Scottish Leaving Certificate Examination, 1957
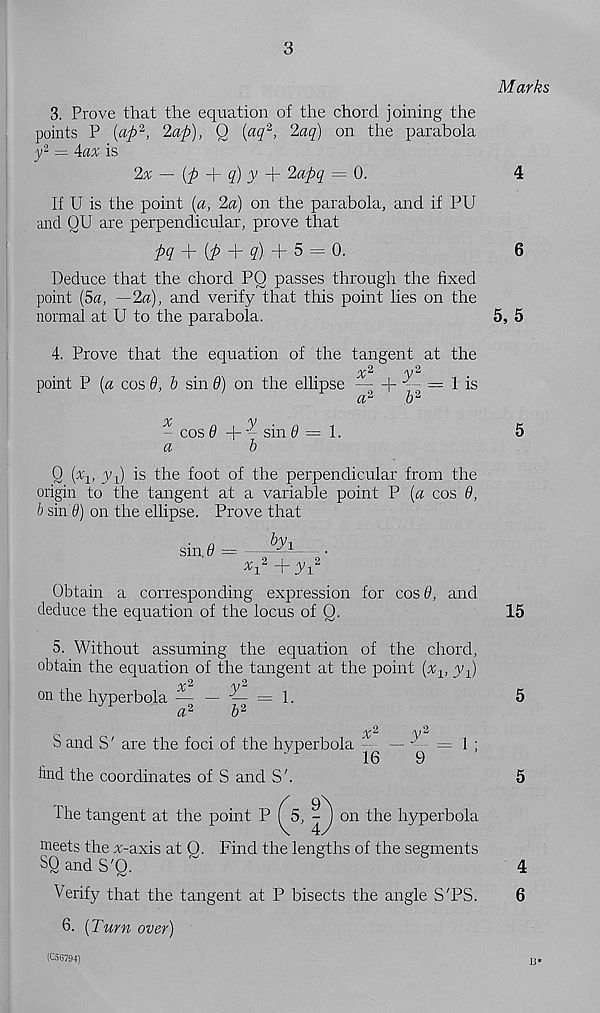
3
Marks
3. Prove that the equation of the chord joining the
points P (aft 2 , 2aft), 0 (aq 2 , 2aq) on the parabola
y 2 = kax is
2% — (ft -ft- q) y -ft- 2aftq = 0.
4
If U is the point (a, 2a) on the parabola, and if PU
and QU are perpendicular, prove that
ftq + (ft + q) + $ = Q-
6
Deduce that the chord PQ passes through the fixed
point (5a, ~-2a), and verify that this point lies on the
normal at U to the parabola.
5, 5
4. Prove that the equation of the tangent at the
/y 2
point P (a cos 9, b sin 9) on the ellipse
p
= j i s
a 2
6 2
- cos 9 + ^ sin 9 — 1.
a
b
Q (%!, yj is the foot of the perpendicular from the
origin to the tangent at a variable point P (a cos 6,
b sin 0) on the ellipse. Prove that
sin.@ =
tyi
xft ft yj
Obtain a corresponding expression for cos 8, and
deduce the equation of the locus of 0.
5. Without assuming the equation of the chord,
obtain the equation of the tangent at the point (x v yft
2
2
on the hyperbola — —- — = 1.
a 2
b 2
S and S' are the foci of the hyperbola
find the coordinates of S and S'.
x 2
16
5
15
5
5
The tangent at the point P (^5, -J on the hyperbola
meets the %-axis at 0. Find the lengths of the segments
SQ and S'Q.
Verify that the tangent at P bisects the angle S'PS.
6. (Turn over)
4
6
(C56794)
B*